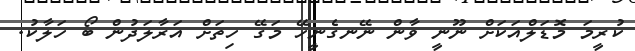
ކުރީމަ މޮޑަލްއަކަށް ނޫނީ ވާން ނޭނގެނީހޭ މަގޭ ހިތަށް އަރާލަދުން ބޯ ހަލާކު.